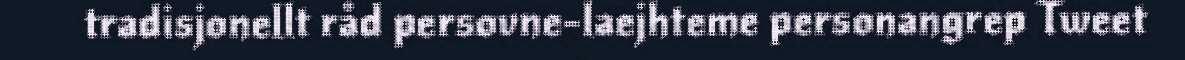
tradisjonellt råd persovne-laejhteme personangrep Tweet